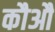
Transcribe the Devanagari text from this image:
कौऔ